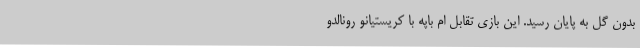
بدون گل به پایان رسید. این بازی تقابل ام باپه با کریستیانو رونالدو